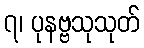
၇၊ ပုနဗ္ဗသုသုတ်